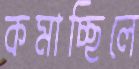
কমাচ্ছিলে